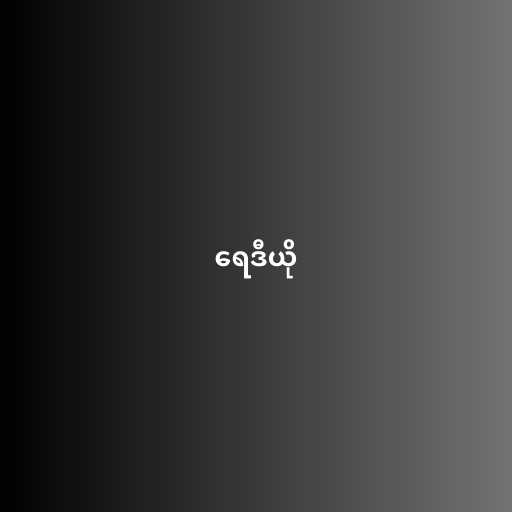
ရေဒီယို